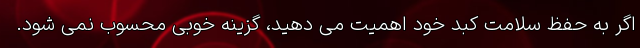
اگر به حفظ سلامت کبد خود اهمیت می دهید، گزینه خوبی محسوب نمی شود.